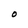
Character: O